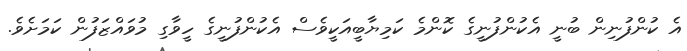
އެ ކުންފުނިން ބުނީ އެކުންފުނީގެ ކޮންމެ ކަމިޔާބީއަކީވެސް އެކުންފުނީގެ ހީވާގި މުވައްޒަފުން ކަމަށެވެ.